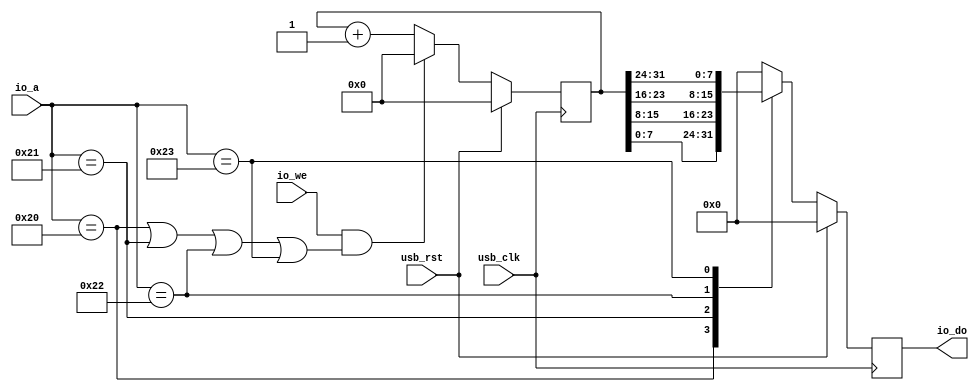
/*
 * Milkymist SoC
 * Copyright (C) 2007, 2008, 2009, 2010 Sebastien Bourdeauducq
 *
 * This program is free software: you can redistribute it and/or modify
 * it under the terms of the GNU General Public License as published by
 * the Free Software Foundation, version 3 of the License.
 *
 * This program is distributed in the hope that it will be useful,
 * but WITHOUT ANY WARRANTY; without even the implied warranty of
 * MERCHANTABILITY or FITNESS FOR A PARTICULAR PURPOSE.  See the
 * GNU General Public License for more details.
 *
 * You should have received a copy of the GNU General Public License
 * along with this program.  If not, see <http://www.gnu.org/licenses/>.
 */

module softusb_timer(
	input usb_clk,
	input usb_rst,

	input io_we,
	input [5:0] io_a,
	output reg [7:0] io_do
);

reg [31:0] counter;

always @(posedge usb_clk) begin
	if(usb_rst) begin
		counter <= 32'd0;
		io_do <= 8'd0;
	end else begin
		io_do <= 8'd0;
		case(io_a)
			6'h20: io_do <= counter[7:0];
			6'h21: io_do <= counter[15:8];
			6'h22: io_do <= counter[23:16];
			6'h23: io_do <= counter[31:24];
		endcase
		if(io_we & ((io_a == 6'h20)|(io_a == 6'h21)|(io_a == 6'h22)|(io_a == 6'h23)))
			counter <= 32'd0;
		else
			counter <= counter + 32'd1;
	end
end

endmodule